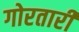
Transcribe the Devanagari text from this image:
गोरतारी